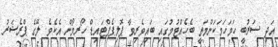
އަދި ސަރުބީ ހަމަހަމަކަންމަތީ ބެހެއްޓުމުގައި ބައިވެރިވާ ޕޮލިޕެޕްޓައިޑް ހޯރމޯން އެކެވެ. ލޭގެ ޕްރެޝަރު